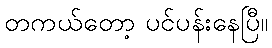
တကယ်တော့ ပင်ပန်းနေပြီ။